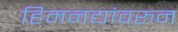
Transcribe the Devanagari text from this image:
हिमनद्यांवरुन